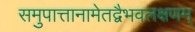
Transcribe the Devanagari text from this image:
समुपात्तानामेतद्वैभवलक्षणम्